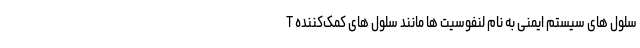
سلول های سیستم ایمنی به نام لنفوسیت ها مانند سلول های کمک‌کننده T